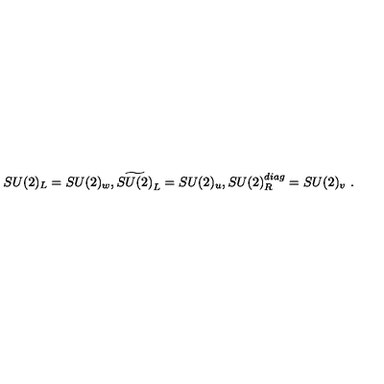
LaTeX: S U ( 2 ) _ { L } = S U ( 2 ) _ { w } , \widetilde { S U ( 2 ) } _ { L } = S U ( 2 ) _ { u } , S U ( 2 ) _ { R } ^ { d i a g } = S U ( 2 ) _ { v } \ .